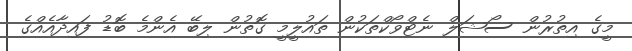
މީގެ އިތުރުން ސޯޝަލް ނެޓްވޯކްތަކުން ތައުލީމީ ގޮތުން ލިބޭ އެންމެ ބޮޑު ފައިދާއެއްގެ